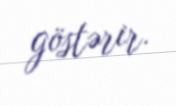
göstərir.